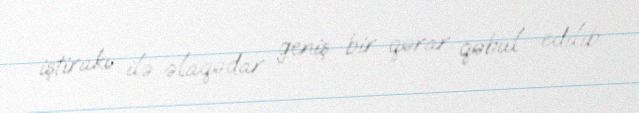
iştirakı ilə əlaqədar geniş bir qərar qəbul edilib.